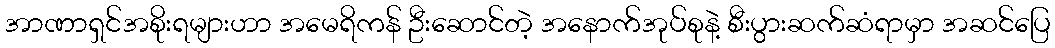
အာဏာရှင်အစိုးရများဟာ အမေရိကန် ဦးဆောင်တဲ့ အနောက်အုပ်စုနဲ့ စီးပွားဆက်ဆံရာမှာ အဆင်ပြေ